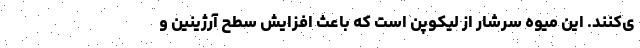
ی‌کنند. این میوه سرشار از لیکوپن است که باعث افزایش سطح آرژینین و